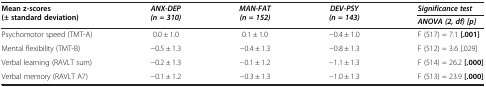
| Mean z-scores (± standard deviation) | ANX-DEP (n = 310) | MAN-FAT (n = 152) | DEV-PSY (n = 143) | Significance test |
 |  |  |  |  | ANOVA (2, df) [p] |
 | --- | --- | --- | --- | --- |
 | Psychomotor speed (TMT-A) | 0.0 ± 1.0 | 0.1 ± 1.0 | −0.4 ± 1.0 | F (517) = 7.1 [.001] |
 | Mental flexibility (TMT-B) | −0.5 ± 1.3 | −0.4 ± 1.3 | −0.8 ± 1.3 | F (512) = 3.6 [.029] |
 | Verbal learning (RAVLT sum) | −0.2 ± 1.3 | −0.1 ± 1.2 | −1.1 ± 1.3 | F (514) = 26.2 [.000] |
 | Verbal memory (RAVLT A7) | −0.1 ± 1.2 | −0.3 ± 1.3 | −1.0 ± 1.3 | F (513) = 23.9 [.000] |